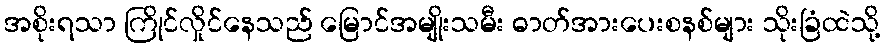
အစိုးရသာ ကြိုင်လှိုင်နေသည် မြောင်အမျိုးသမီး ဓာတ်အားပေးစနစ်များ သိုးခြံထဲသို့